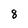
Character: 8